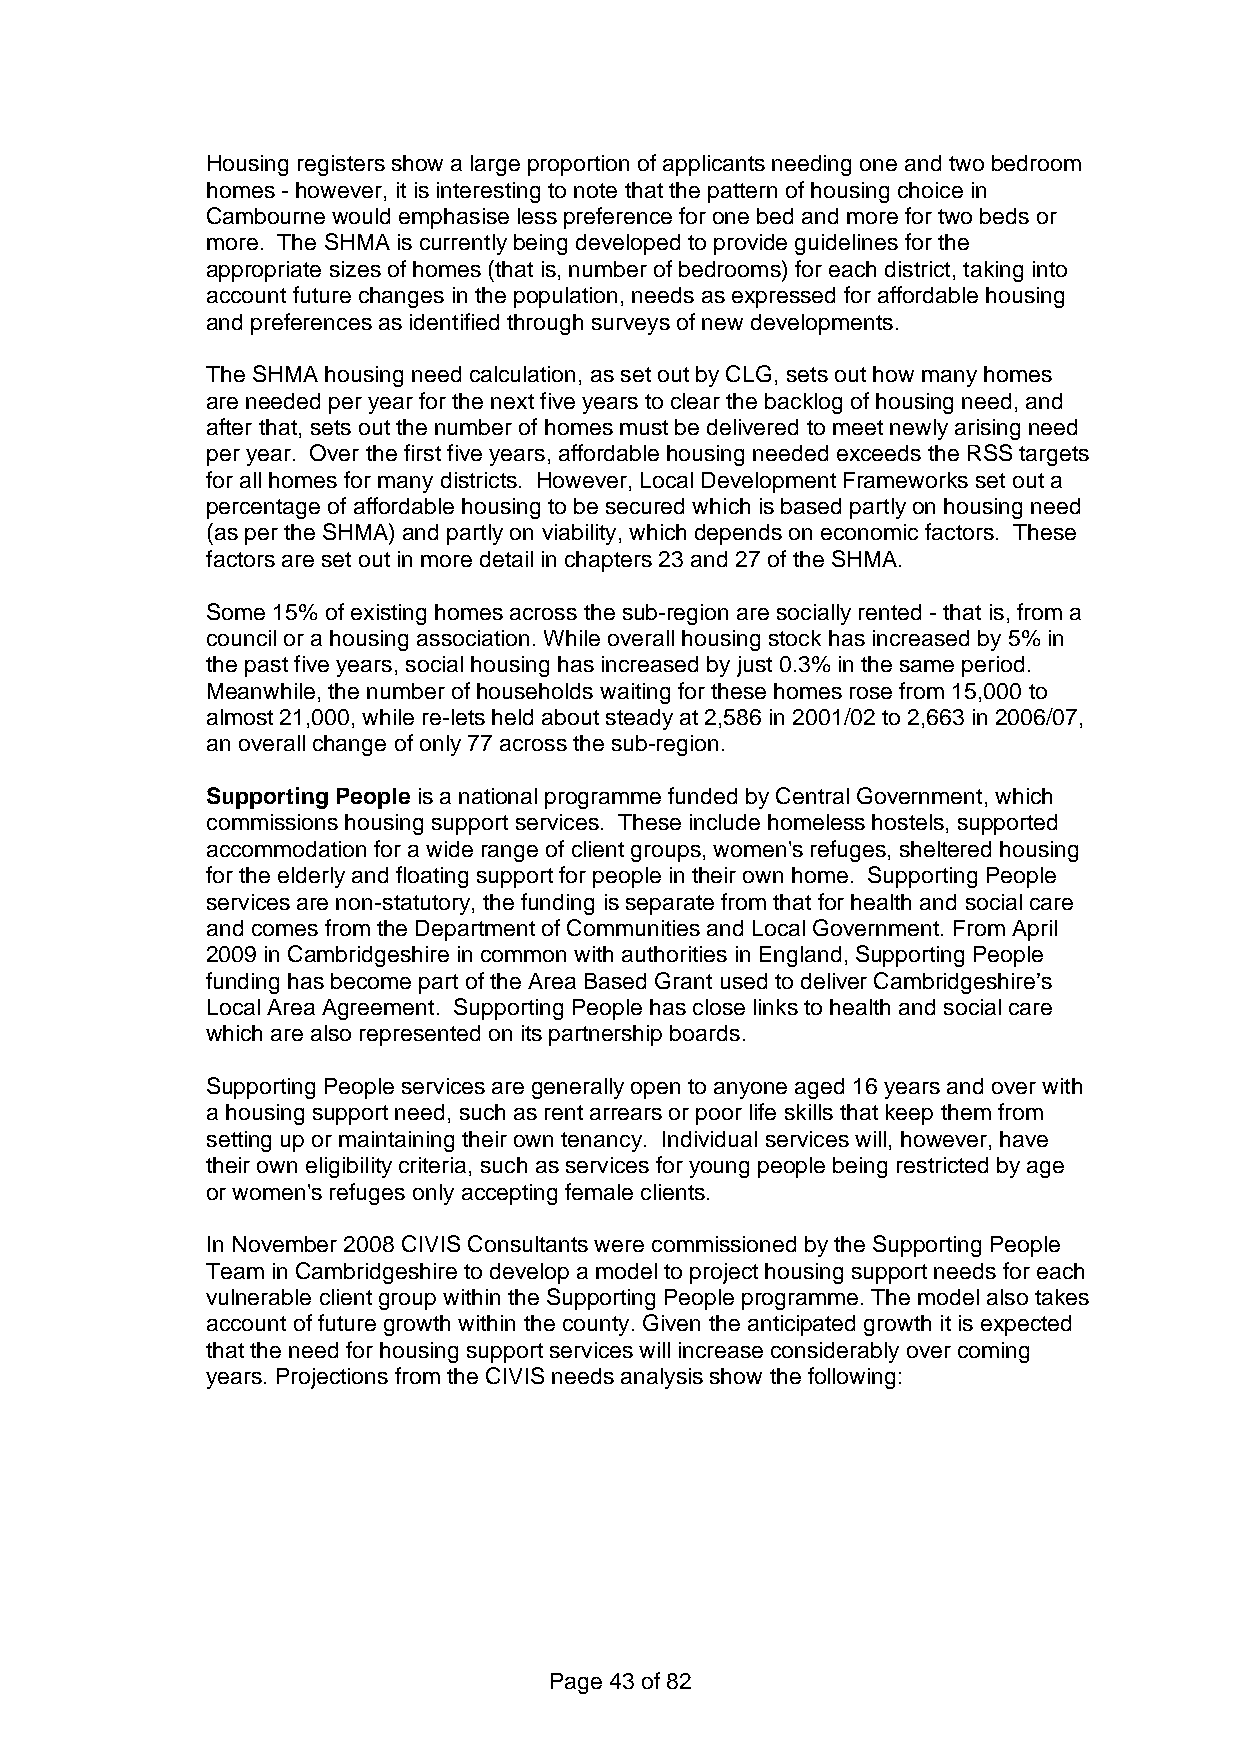
Housing registers show a large proportion of applicants needing one and two bedroom
 homes - however, it is interesting to note that the pattern of housing choice in
 Cambourne would emphasise less preference for one bed and more for two beds or
 more. The SHMA is currently being developed to provide guidelines for the
 appropriate sizes of homes (that is, number of bedrooms) for each district, taking into
 account future changes in the population, needs as expressed for affordable housing
 and preferences as identified through surveys of new developments.
 The SHMA housing need calculation, as set out by CLG, sets out how many homes
 are needed per year for the next five years to clear the backlog of housing need, and
 after that, sets out the number of homes must be delivered to meet newly arising need
 per year. Over the first five years, affordable housing needed exceeds the RSS targets
 for all homes for many districts. However, Local Development Frameworks set out a
 percentage of affordable housing to be secured which is based partly on housing need
 (as per the SHMA) and partly on viability, which depends on economic factors. These
 factors are set out in more detail in chapters 23 and 27 of the SHMA.
 Some 15% of existing homes across the sub-region are socially rented - that is, from a
 council or a housing association. While overall housing stock has increased by 5% in
 the past five years, social housing has increased by just 0.3% in the same period.
 Meanwhile, the number of households waiting for these homes rose from 15,000 to
 almost 21,000, while re-lets held about steady at 2,586 in 2001/02 to 2,663 in 2006/07,
 an overall change of only 77 across the sub-region.
 Supporting People is a national programme funded by Central Government, which
 commissions housing support services. These include homeless hostels, supported
 accommodation for a wide range of client groups, women's refuges, sheltered housing
 for the elderly and floating support for people in their own home. Supporting People
 services are non-statutory, the funding is separate from that for health and social care
 and comes from the Department of Communities and Local Government. From April
 2009 in Cambridgeshire in common with authorities in England, Supporting People
 funding has become part of the Area Based Grant used to deliver Cambridgeshire’s
 Local Area Agreement. Supporting People has close links to health and social care
 which are also represented on its partnership boards.
 Supporting People services are generally open to anyone aged 16 years and over with
 a housing support need, such as rent arrears or poor life skills that keep them from
 setting up or maintaining their own tenancy. Individual services will, however, have
 their own eligibility criteria, such as services for young people being restricted by age
 or women's refuges only accepting female clients.
 In November 2008 CIVIS Consultants were commissioned by the Supporting People
 Team in Cambridgeshire to develop a model to project housing support needs for each
 vulnerable client group within the Supporting People programme. The model also takes
 account of future growth within the county. Given the anticipated growth it is expected
 that the need for housing support services will increase considerably over coming
 years. Projections from the CIVIS needs analysis show the following:
 Page 43 of 82